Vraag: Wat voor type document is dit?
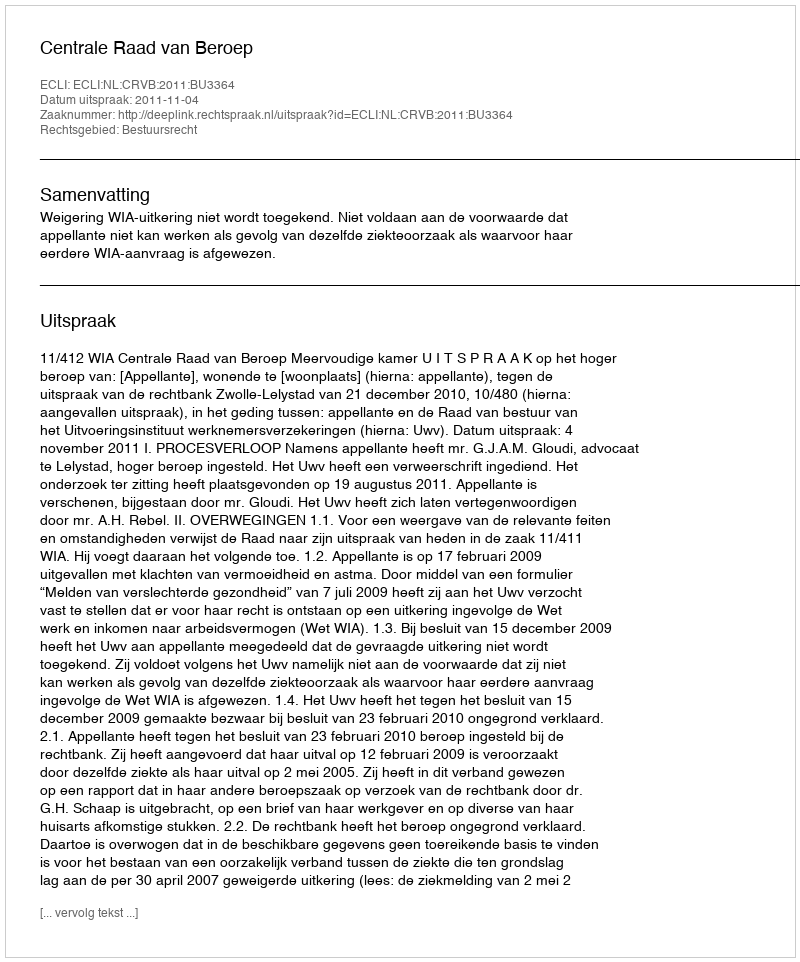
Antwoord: Uitspraak